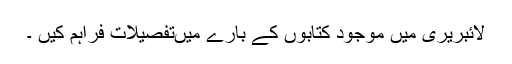
لائبریری میں موجود کتابوں کے بارے میںتفصیلات فراہم کیں ۔